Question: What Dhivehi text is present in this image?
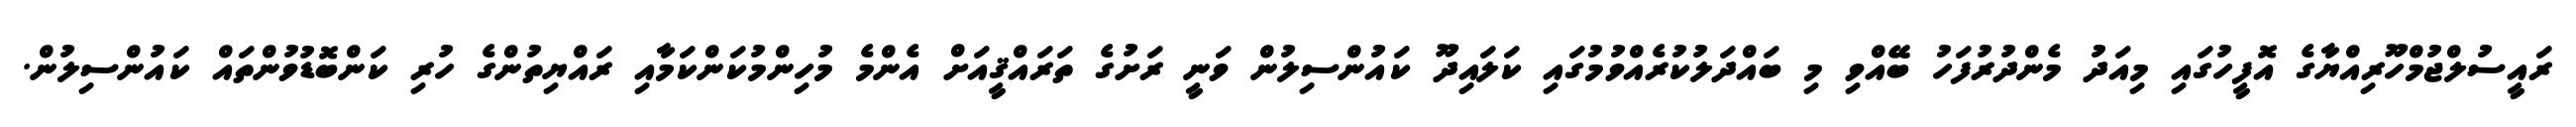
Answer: ރައީސުލްޖުމްހޫރިއްޔާގެ އޮފީހުގައި މިއަދު މެންދުރުފަހު ބޭއްވި މި ބައްދަލުކުރެއްވުމުގައި ކަލައިދޫ ކައުންސިލުން ވަނީ ރަށުގެ ތަރައްޤީއަށް އެންމެ މުހިންމުކަންކަމާއި ރައްޔިތުންގެ ހުރި ކަންބޮޑުވުންތައް ކައުންސިލުން.